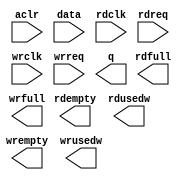
module alt_fifo_16b_4096w (
	aclr,
	data,
	rdclk,
	rdreq,
	wrclk,
	wrreq,
	q,
	rdempty,
	rdfull,
	rdusedw,
	wrempty,
	wrfull,
	wrusedw);

	input	  aclr;
	input	[15:0]  data;
	input	  rdclk;
	input	  rdreq;
	input	  wrclk;
	input	  wrreq;
	output	[15:0]  q;
	output	  rdempty;
	output	  rdfull;
	output	[11:0]  rdusedw;
	output	  wrempty;
	output	  wrfull;
	output	[11:0]  wrusedw;
`ifndef ALTERA_RESERVED_QIS
// synopsys translate_off
`endif
	tri0	  aclr;
`ifndef ALTERA_RESERVED_QIS
// synopsys translate_on
`endif

endmodule